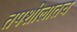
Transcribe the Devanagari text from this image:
तपशीलातच